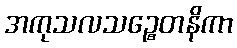
အကုသလသဉ္စေတနိကာ